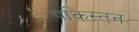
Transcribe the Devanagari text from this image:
पकिस्तन